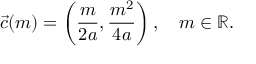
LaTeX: { \vec { c } } ( m ) = \left( { \frac { m } { 2 a } } , { \frac { m ^ { 2 } } { 4 a } } \right) , \quad m \in \mathbb { R } .